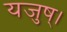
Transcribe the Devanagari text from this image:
यजुष्।